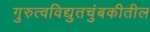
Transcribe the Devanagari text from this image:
गुरुत्वविद्युतचुंबकीतील